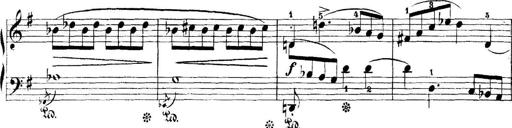
Title: 5 Sonatinas
Composer: Theodor Kirchner